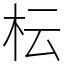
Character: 枟